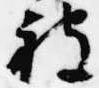
被